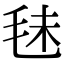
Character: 𣭐